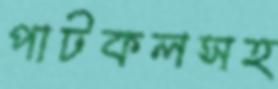
পাটকলসহ